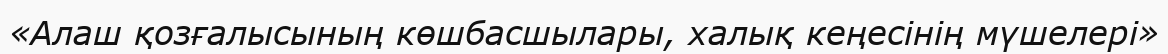
«Алаш қозғалысының көшбасшылары, халық кеңесінің мүшелері»